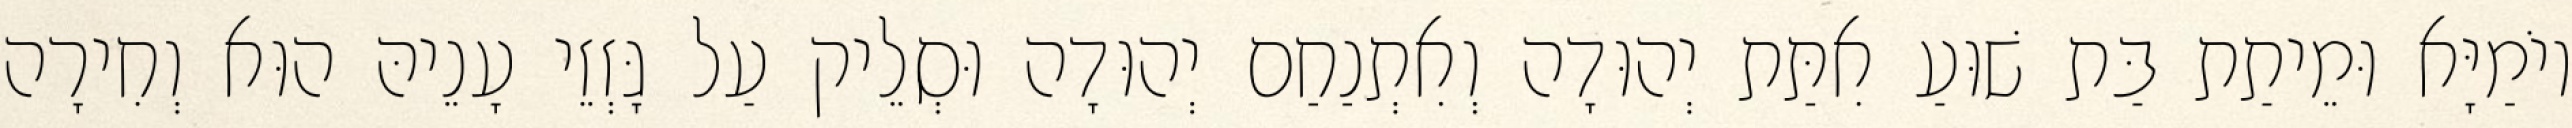
יוֹמַיָּא וּמֵיתַת בַּת שׁוּעַ אִתַּת יְהוּדָה וְאִתְנַחַם יְהוּדָה וּסְלֵיק עַל גָּזְזֵי עָנֵיהּ הוּא וְחִירָה